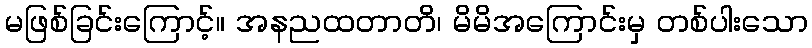
မဖြစ်ခြင်းကြောင့်။ အနညထတာတိ၊ မိမိအကြောင်းမှ တစ်ပါးသော